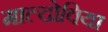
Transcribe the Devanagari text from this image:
माल्दोविया